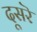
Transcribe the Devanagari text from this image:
दूसरॆ